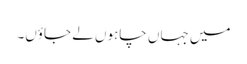
میں جہاں چاہوں لے جاؤں۔